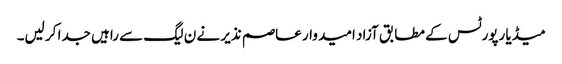
میڈیا رپورٹس کے مطابق آزاد امید وار عاصم نذیر نے ن لیگ سے راہیں جدا کر لیں۔